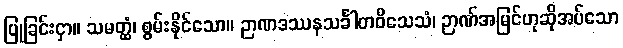
ပြုခြင်းငှာ။ သမတ္ထံ၊ စွမ်းနိုင်သော။ ဉာဏဒဿနသင်္ခါတဝိသေသံ၊ ဉာဏ်အမြင်ဟုဆိုအပ်သော